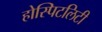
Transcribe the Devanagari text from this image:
होस्पिटलिटी